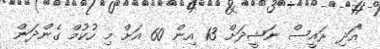
"އަދި ރައީސް ނަޝީދަށް 13 އިން 60 އަށް މި ހުކުމް ގެންދަން